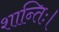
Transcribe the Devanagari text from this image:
शान्तिः।